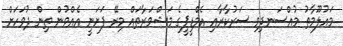
މައުލޫމާތު މުއްސަނދިވި ސަރުކާރާއި އެމްޑީޕީގެ މަޝްވަރާތައް މިރޭ ފަށަނީ އެއްވުން ތިން ދުވަހަށް